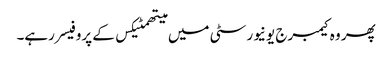
پھر وہ کیمبرج یونیورسٹی میں میتھمٹیکس کے پروفیسر رہے۔